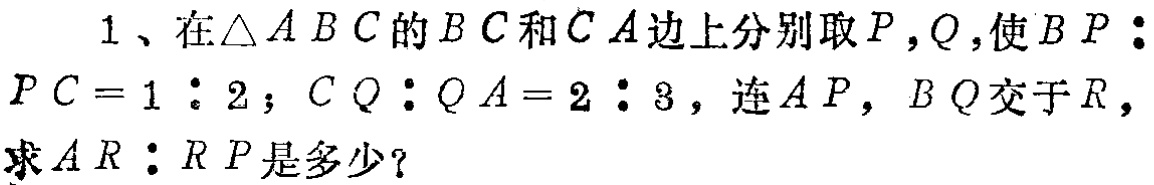
1、在\(\triangle ABC\)的\(BC\)和\(CA\)边上分别取\(P\)，\(Q\)，使\(BP:PC = 1:2\)；\(CQ:QA = 2:3\)，连\(AP\)，\(BQ\)交于\(R\)，求\(AR:RP\)是多少？